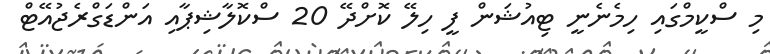
މި ސްކީމްގައި ހިމެނެނީ ޓިއުޝަން ފީ ހިލޭ ކޮށްދޭ 20 ސްކޮލާޝިޕާއި އަންޑަގްރެޖުއޭޓް